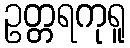
ဥတ္တရကုရူ